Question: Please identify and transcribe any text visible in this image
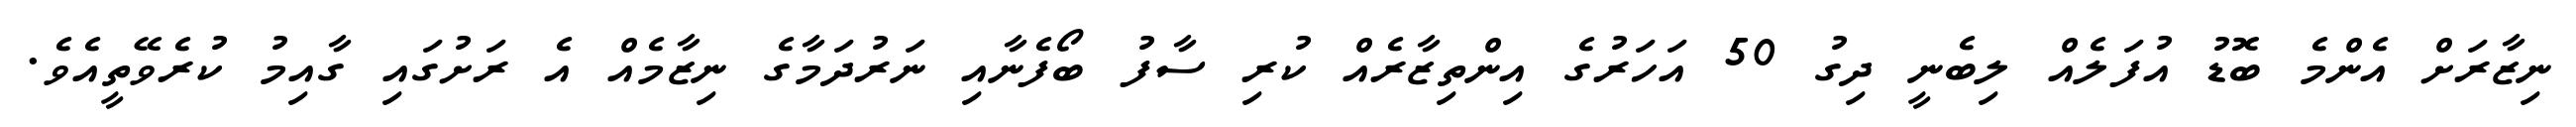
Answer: ނިޒާރަށް އެންމެ ބޮޑު އުފަލެއް ލިބެނީ ދިގު 50 އަހަރުގެ އިންތިޒާރެއް ކުރި ސާފު ބޯފެނާއި ނަރުދަމާގެ ނިޒާމެއް އެ ރަށުގައި ގާއިމު ކުރެވޭތީއެވެ.